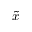
\tilde { x }